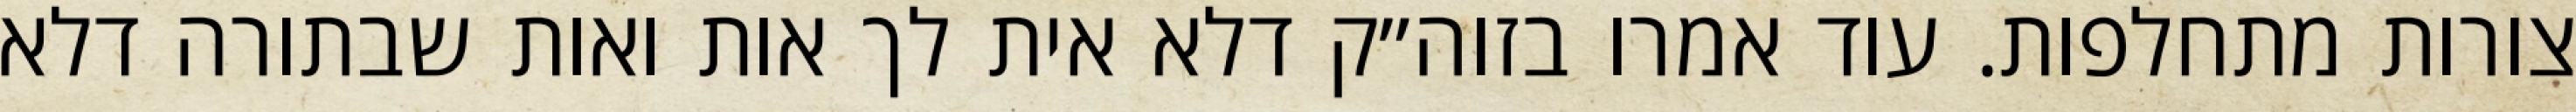
צורות מתחלפות. עוד אמרו בזוה״ק דלא אית לך אות ואות שבתורה דלא